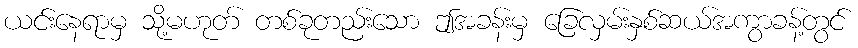
ယင်းနေရာမှ သို့မဟုတ် တစ်ခုတည်းသော ဤအခန်းမှ ခြေလှမ်းနှစ်ဆယ်အကွာခန့်တွင်